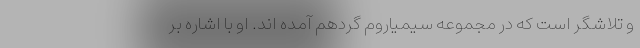
و تلاشگر است که در مجموعه سیمیاروم گردهم آمده اند. او با اشاره بر